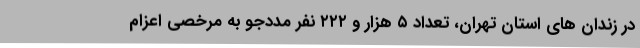
در زندان های استان تهران، تعداد ۵ هزار و ۲۲۲ نفر مددجو به مرخصی اعزام